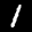
Label: 1